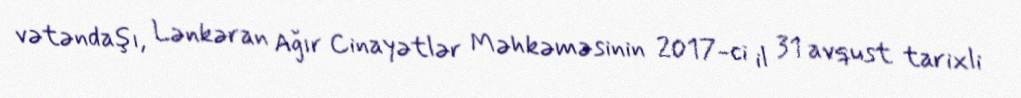
vətəndaşı, Lənkəran Ağır Cinayətlər Məhkəməsinin 2017-ci il 31 avqust tarixli